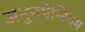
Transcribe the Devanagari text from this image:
अनुनपेन्टियम